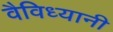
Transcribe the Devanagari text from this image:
वैविध्यानी